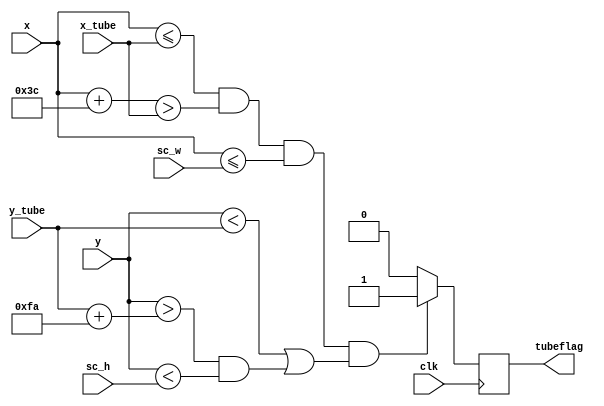
module is_tube(clk,x_tube,y_tube,x,y,tubeflag,sc_h,sc_w);
input clk;
input [10:0]x_tube;
input [10:0]y_tube;
input [10:0]x,y;
input [10:0]sc_h,sc_w;
output reg tubeflag;
parameter tubewidth=6'd60;
parameter gap=9'd250;

always@(posedge clk)
begin
    if(x<=x_tube&&(x+tubewidth)>x_tube&&x<=sc_w&&(y<y_tube||(y>(y_tube+gap)&&y<sc_h)))
    begin
        tubeflag=1;
    end
    else
    begin
        tubeflag=0;
    end
end

endmodule